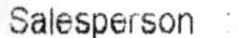
SALESPERSON :